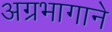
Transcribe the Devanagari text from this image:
अग्रभागाने